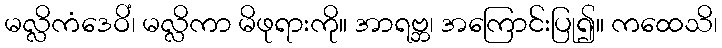
မလ္လိကံဒေဝိံ၊ မလ္လိကာ မိဖုရားကို။ အာရဗ္ဘ၊ အကြောင်းပြု၍။ ကထေသိ၊